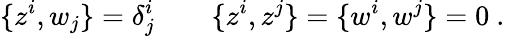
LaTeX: \{ z^{i},w_{j}\} =\delta_{j}^{i}\qquad\{ z^{i},z^{j}\} =\{ w^{i},w^{j}\} =0\ .